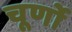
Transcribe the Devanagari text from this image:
चूर्णो